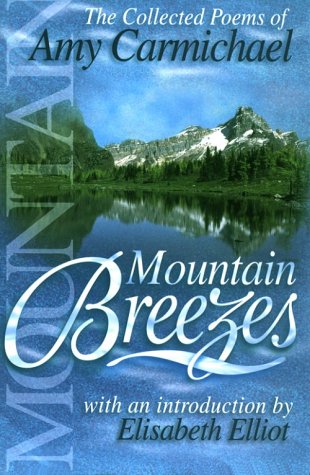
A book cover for Mountain Breezes; Amy Carmichael; Christian Books & Bibles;